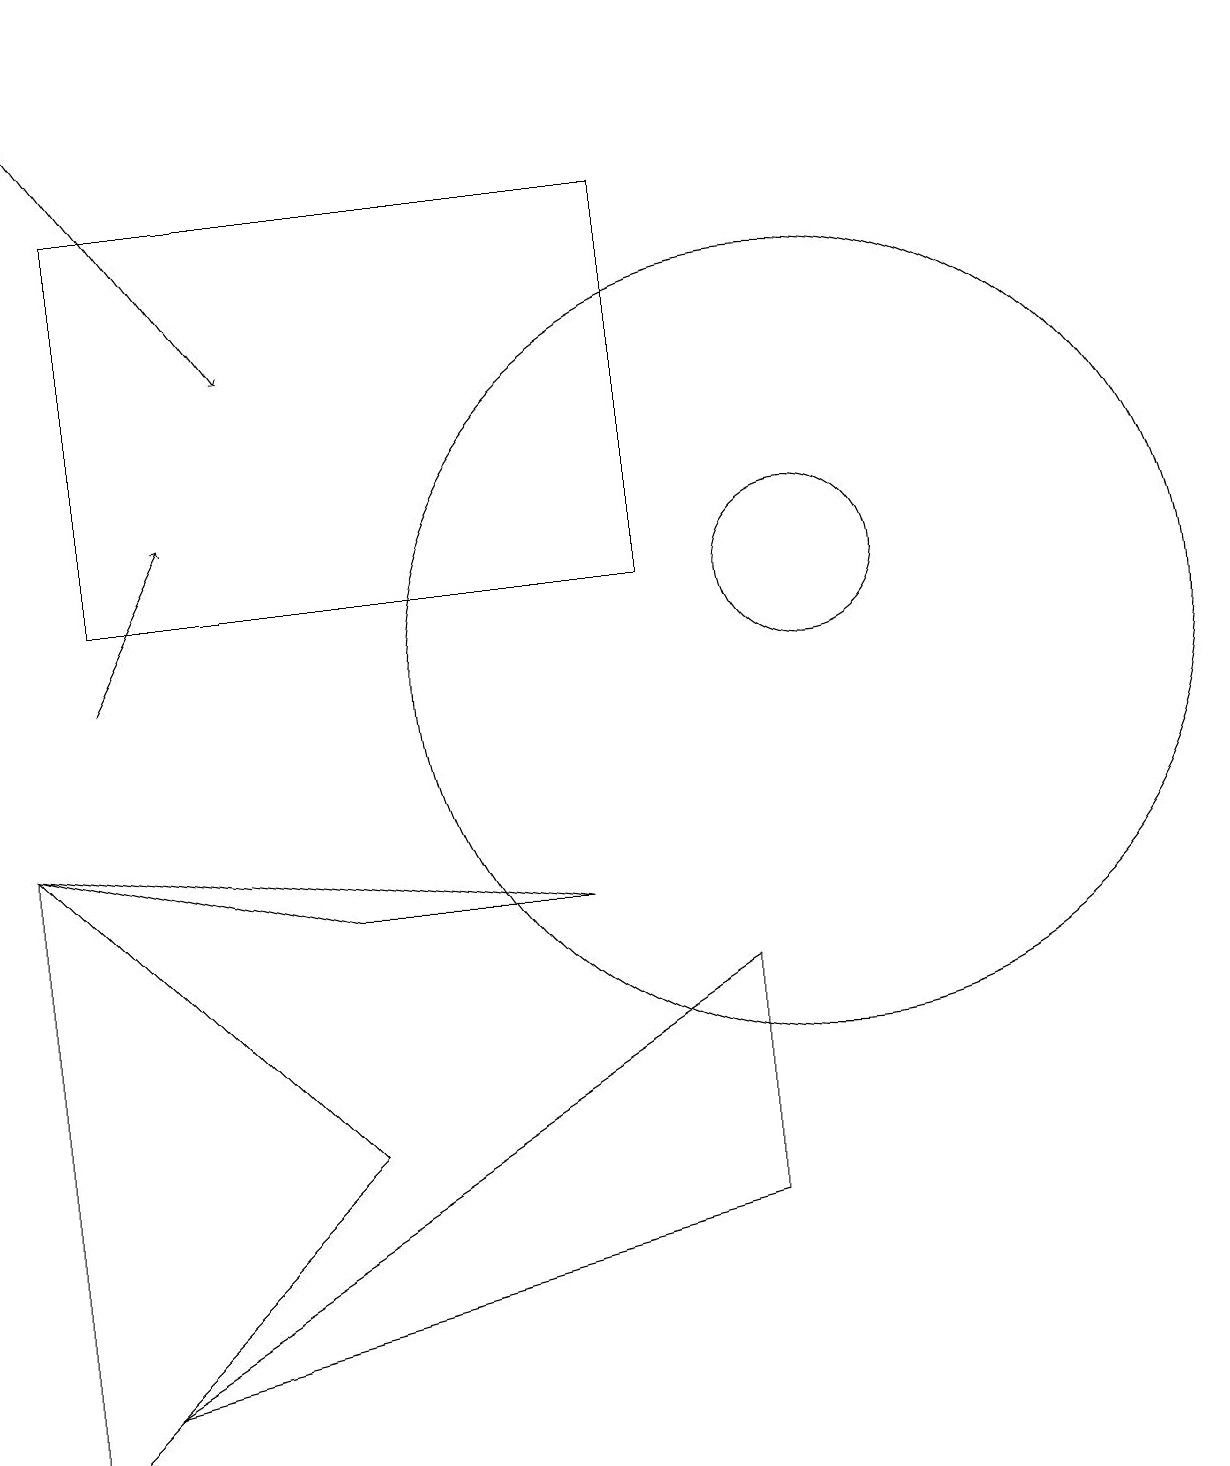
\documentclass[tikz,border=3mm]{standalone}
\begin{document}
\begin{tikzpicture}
\draw[->] (0,18) -- (3,14);
\draw (10,10) circle (5);
\draw (4,4) -- (0,8) -- (0,0) -- cycle;
\draw (8,11) rectangle (1,16);
\draw (7,7) -- (4,7) -- (0,8) -- cycle;
\draw (10,11) circle (1);
\draw[->] (1,10) -- (2,12);
\draw (9,3) -- (1,1) -- (9,6) -- cycle;
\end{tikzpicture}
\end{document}